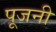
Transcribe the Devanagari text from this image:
पूजनी